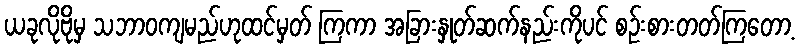
ယခုလိုဗိုမှ သဘာဝကျမည်ဟုထင်မှတ် ကြကာ အခြားနှုတ်ဆက်နည်းကိုပင် စဉ်းစားတတ်ကြတော့